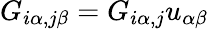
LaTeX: G_{i\alpha,j\beta}=G_{i\alpha,j}u_{\alpha\beta}